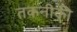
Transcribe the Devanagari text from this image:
तकनीकी